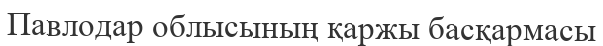
Павлодар облысының қаржы басқармасы